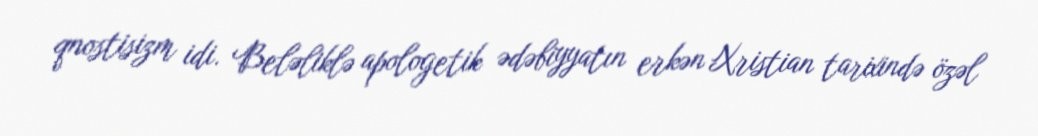
qnostisizm idi. Beləliklə apologetik ədəbiyyatın erkən Xristian tarixində özəl